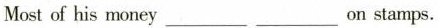
Mostof his money___ ___on stamps.